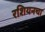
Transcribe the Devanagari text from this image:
रशियनचा